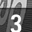
Digit: 3